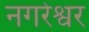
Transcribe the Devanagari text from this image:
नगरेश्वर